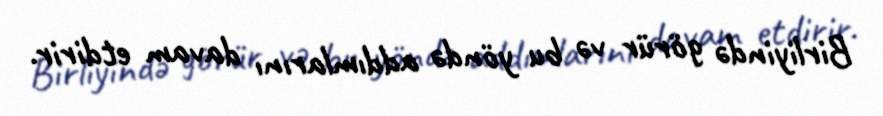
Birliyində görür və bu yöndə addımlarını davam etdirir.